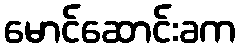
မောင်ဆောင်းခက